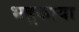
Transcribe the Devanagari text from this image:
भड़्काया